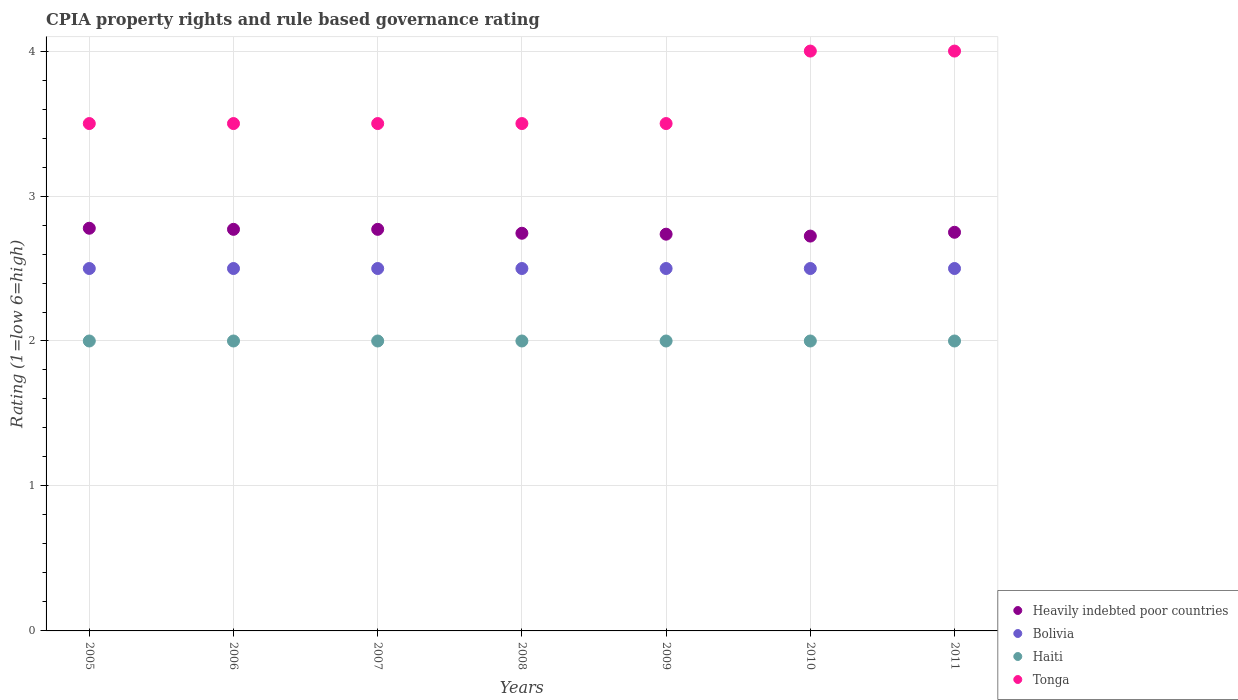
| Years | Heavily indebted poor countries | Bolivia | Haiti | Tonga |
 | --- | --- | --- | --- | --- |
 | 2005 | 2.78 | 2.5 | 2 | 3.5 |
 | 2006 | 2.77 | 2.5 | 2 | 3.5 |
 | 2007 | 2.77 | 2.5 | 2 | 3.5 |
 | 2008 | 2.74 | 2.5 | 2 | 3.5 |
 | 2009 | 2.74 | 2.5 | 2 | 3.5 |
 | 2010 | 2.72 | 2.5 | 2 | 4 |
 | 2011 | 2.75 | 2.5 | 2 | 4 |